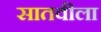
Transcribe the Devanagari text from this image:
सातवीला